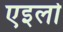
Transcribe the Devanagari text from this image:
एइलो